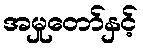
အမှုတော်နှင့်